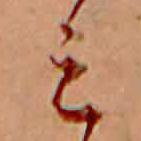
ミ